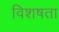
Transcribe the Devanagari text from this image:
विशषता